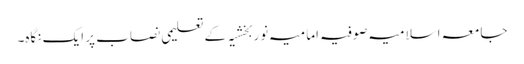
جامعہ اسلامیہ صوفیہ امامیہ نوربخشیہ کے تعلیمی نصاب پر ایک نگاہ۔